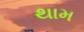
થામ